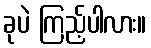
ခုပဲ ကြည့်ပါလား။